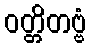
ဝတ္တိတဗ္ဗံ